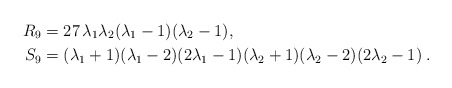
\begin{align*} R_9 & = 27 \, \lambda_1 \lambda_2 (\lambda_1-1) (\lambda_2-1), \\ S_9 & = (\lambda_1+1)(\lambda_1-2)(2\lambda_1-1) (\lambda_2+1)(\lambda_2-2)(2\lambda_2-1) \;.\end{align*}